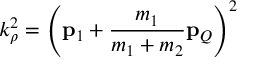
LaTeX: k _ { \rho } ^ { 2 } = \left( { \bf p } _ { 1 } + \frac { m _ { 1 } } { m _ { 1 } + m _ { 2 } } { \bf p } _ { Q } \right) ^ { 2 }